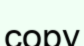
сору